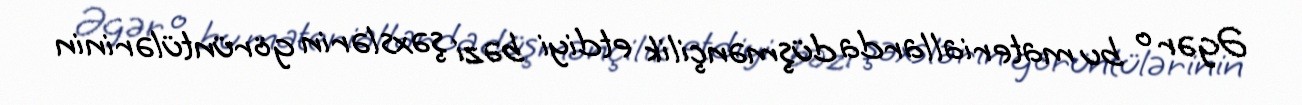
Əgər o bu materiallarda düşmənçilik etdiyi bəzi şəxslərin görüntülərinin